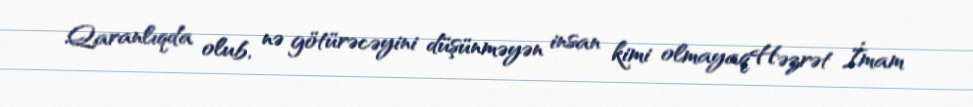
Qaranlıqda olub, nə götürəcəyini düşünməyən insan kimi olmayaqHəzrət İmam